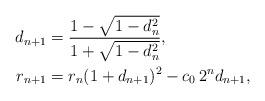
LaTeX: \begin{align*}d_{n+1} &= \frac{1-\sqrt{1-d_n^2}}{1+\sqrt{1-d_n^2}}, \\r_{n+1} &= r_n (1+d_{n+1})^2 - c_0 \, 2^n d_{n+1} ,\end{align*}